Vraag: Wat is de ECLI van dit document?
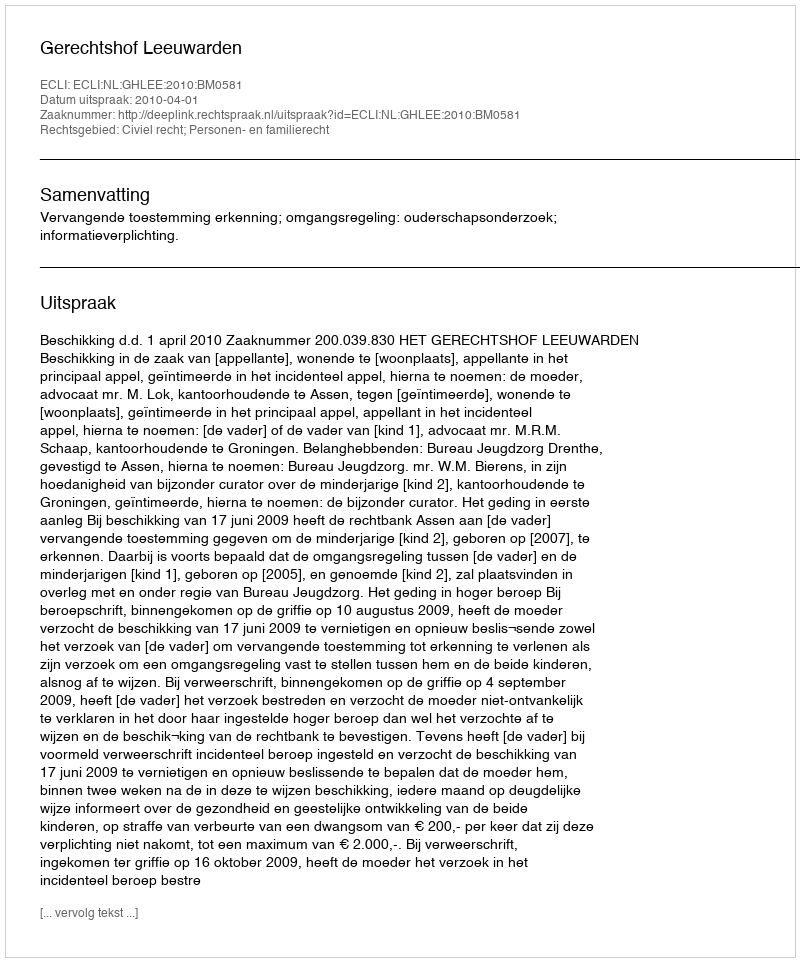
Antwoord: ECLI:NL:GHLEE:2010:BM0581